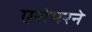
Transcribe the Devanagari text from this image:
एरोमरने